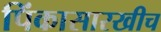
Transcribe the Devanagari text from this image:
पिंकासारखीच